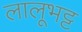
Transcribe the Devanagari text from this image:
लालूभट्ट